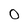
Character: O